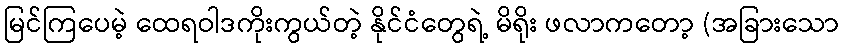
မြင်ကြပေမဲ့ ထေရဝါဒကိုးကွယ်တဲ့ နိုင်ငံတွေရဲ့ မိရိုး ဖလာကတော့ (အခြားသော